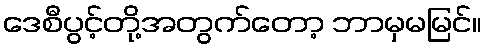
ဒေစီပွင့်တို့အတွက်တော့ ဘာမှမမြင်။